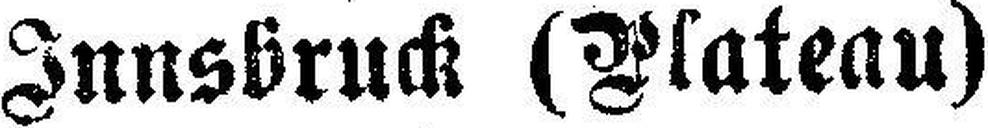
Innsbruck (Plateau)